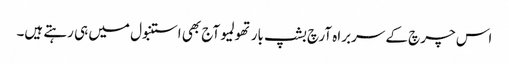
اس چرچ کے سربراہ آرچ بشپ بارتھولمیو آج بھی استنبول میں ہی رہتے ہیں۔